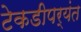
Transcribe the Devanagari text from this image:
टेकडीपर्यंत